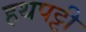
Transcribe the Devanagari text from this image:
हथपट्टी